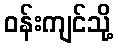
ဝန်းကျင်သို့